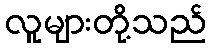
လူများတို့သည်